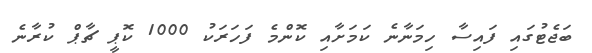
ބަޖެޓުގައި ފައިސާ ހިމަނާނެ ކަމަށާއި ކޮންމެ ފަހަރަކު 1000 ކޮޕީ ޗާޕް ކުރާނެ